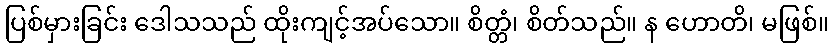
ပြစ်မှားခြင်း ဒေါသသည် ထိုးကျင့်အပ်သော။ စိတ္တံ၊ စိတ်သည်။ န ဟောတိ၊ မဖြစ်။